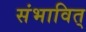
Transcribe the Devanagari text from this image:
संभावित्